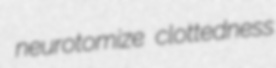
neurotomize clottedness